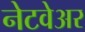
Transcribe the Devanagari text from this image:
नेटवेअर